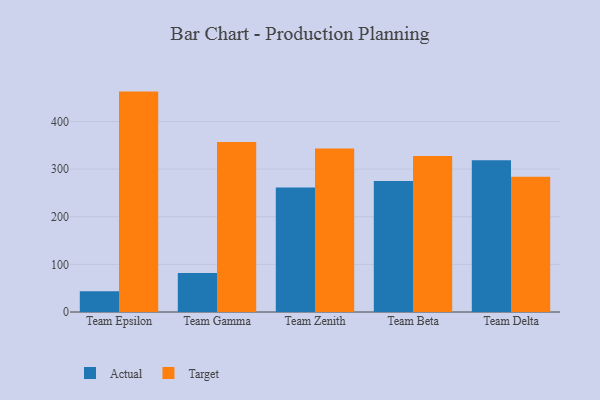
{"axis": {"x": "Team", "y": "Inventory Turnover"}, "legend": ["Actual", "Target"], "data": [{"x": "Team Epsilon", "y": 43.6, "type": "Actual"}, {"x": "Team Epsilon", "y": 462.7, "type": "Target"}, {"x": "Team Gamma", "y": 82.1, "type": "Actual"}, {"x": "Team Gamma", "y": 357.1, "type": "Target"}, {"x": "Team Zenith", "y": 261.2, "type": "Actual"}, {"x": "Team Zenith", "y": 343.5, "type": "Target"}, {"x": "Team Beta", "y": 275.1, "type": "Actual"}, {"x": "Team Beta", "y": 327.5, "type": "Target"}, {"x": "Team Delta", "y": 318.4, "type": "Actual"}, {"x": "Team Delta", "y": 283.8, "type": "Target"}]}